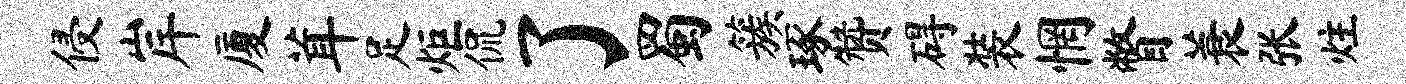
侵岸厦茸足炬侃了蜀簇琢赞碍装惘瞥蓑张炷